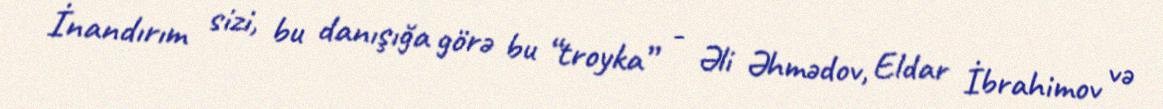
İnandırım sizi, bu danışığa görə bu “troyka” - Əli Əhmədov, Eldar İbrahimov və